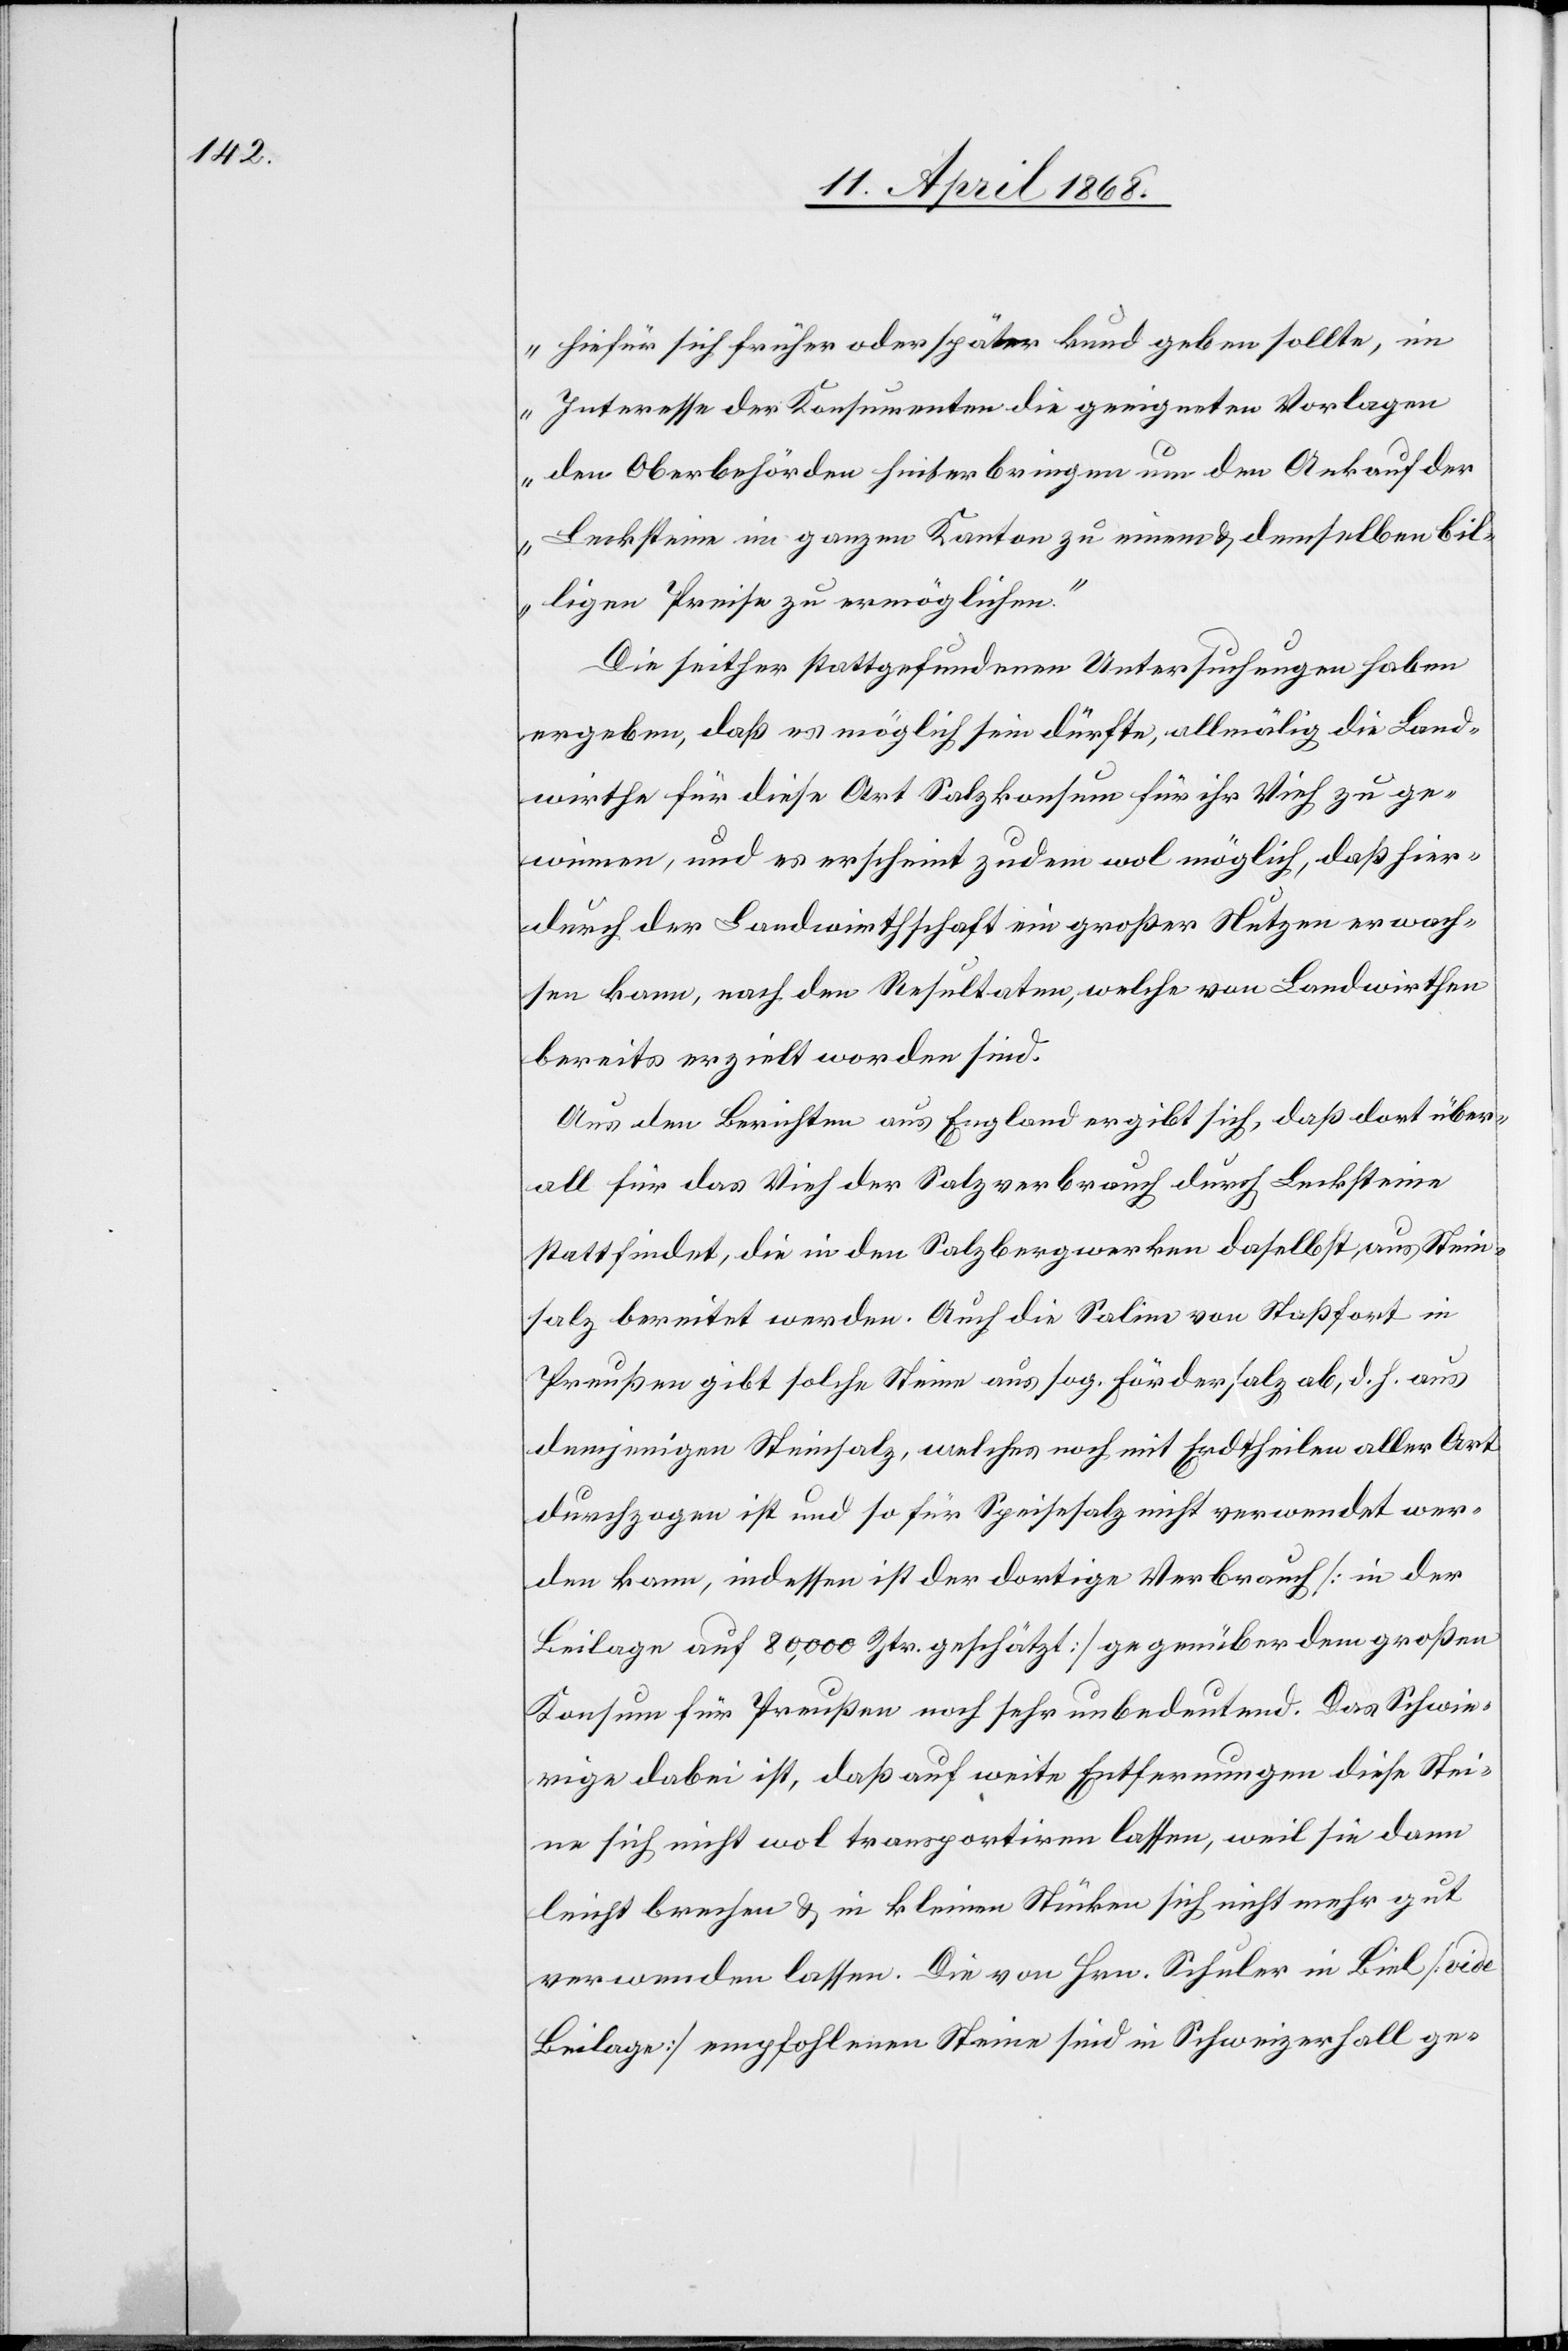
hiefür sich früher oder später kund geben sollte, im
Interesse der Konsumenten die geeigneten Vorlagen
den Oberbehörden hinterbringen um den Ankauf der
Lecksteine im ganzen Kanton zu einem & demselben bil¬
ligen Preise zu ermöglichen.“
Die seither stattgefundenen Untersuchungen haben
ergeben, daß es möglich sein dürfte, allmälig die Land¬
wirthe für diese Art Salzkonsum für ihr Vieh zu ge¬
winnen, und es erscheint zudem wol möglich, daß hier¬
durch der Landwirthschaft ein großer Nutzen erwach¬
sen kann, nach den Resultaten, welche von Landwirthen
bereits erzielt worden sind.
Aus den Berichten aus England ergibt sich, daß dort über¬
all für das Vieh der Salzverbrauch durch Lecksteine
stattfindet, die in den Salzbergwerken daselbst aus Stein¬
salz bereitet werden. Auch die Saline von Staßfort in
Preußen gibt solche Steine aus sog. Fördersalz ab, d. h. aus
demjenigen Steinsalz, welches noch mit Erdtheilen aller Art
durchzogen ist und so für Speisesalz nicht verwendet wer¬
den kann, indessen ist der dortige Verbrauch [in der
Beilage auf 80,000 Ztr. geschätzt] gegenüber dem großen
Konsum für Preußen noch sehr unbedeutend. Das Schwie¬
rige dabei ist, daß auf weite Entfernungen diese Stei¬
ne sich nicht wol transportiren lassen, weil sie dann
leicht brechen & in kleinen Stücken sich nicht mehr gut
verwenden lassen. Die von Hrn. Schuler in Biel [vide
Beilage] empfohlenen Steine sind in Schweizerhall ge-